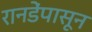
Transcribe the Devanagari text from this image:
रानडेंपासून